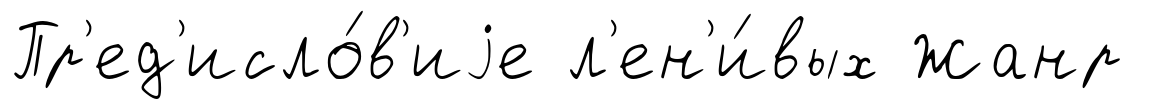
Пр'ед'исло́в'иjе л'ен'и́вых Жанр